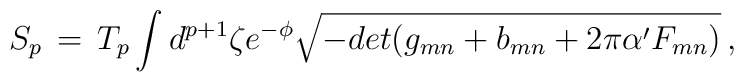
S_p \, = \, T_p \int d^{p + 1} \zeta e^{- \phi} \sqrt{- det(g_{mn} + b_{mn} + 2 \pi \alpha' F_{mn})}\,,